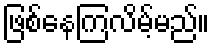
ဖြစ်နေကြလိမ့်မည်။